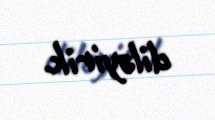
diləyirik.